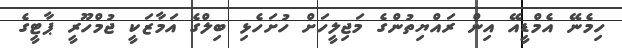
ހިމެނޭ އެމްޑީއޭ އިން ރައްޔިތުންގެ މަޖިލީހަށް ހުށަހެޅި ބިލްގެ އަމާޒަކީ ޖުމްހޫރީ ޕާޓީގެ